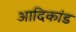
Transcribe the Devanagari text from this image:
आदिकांड